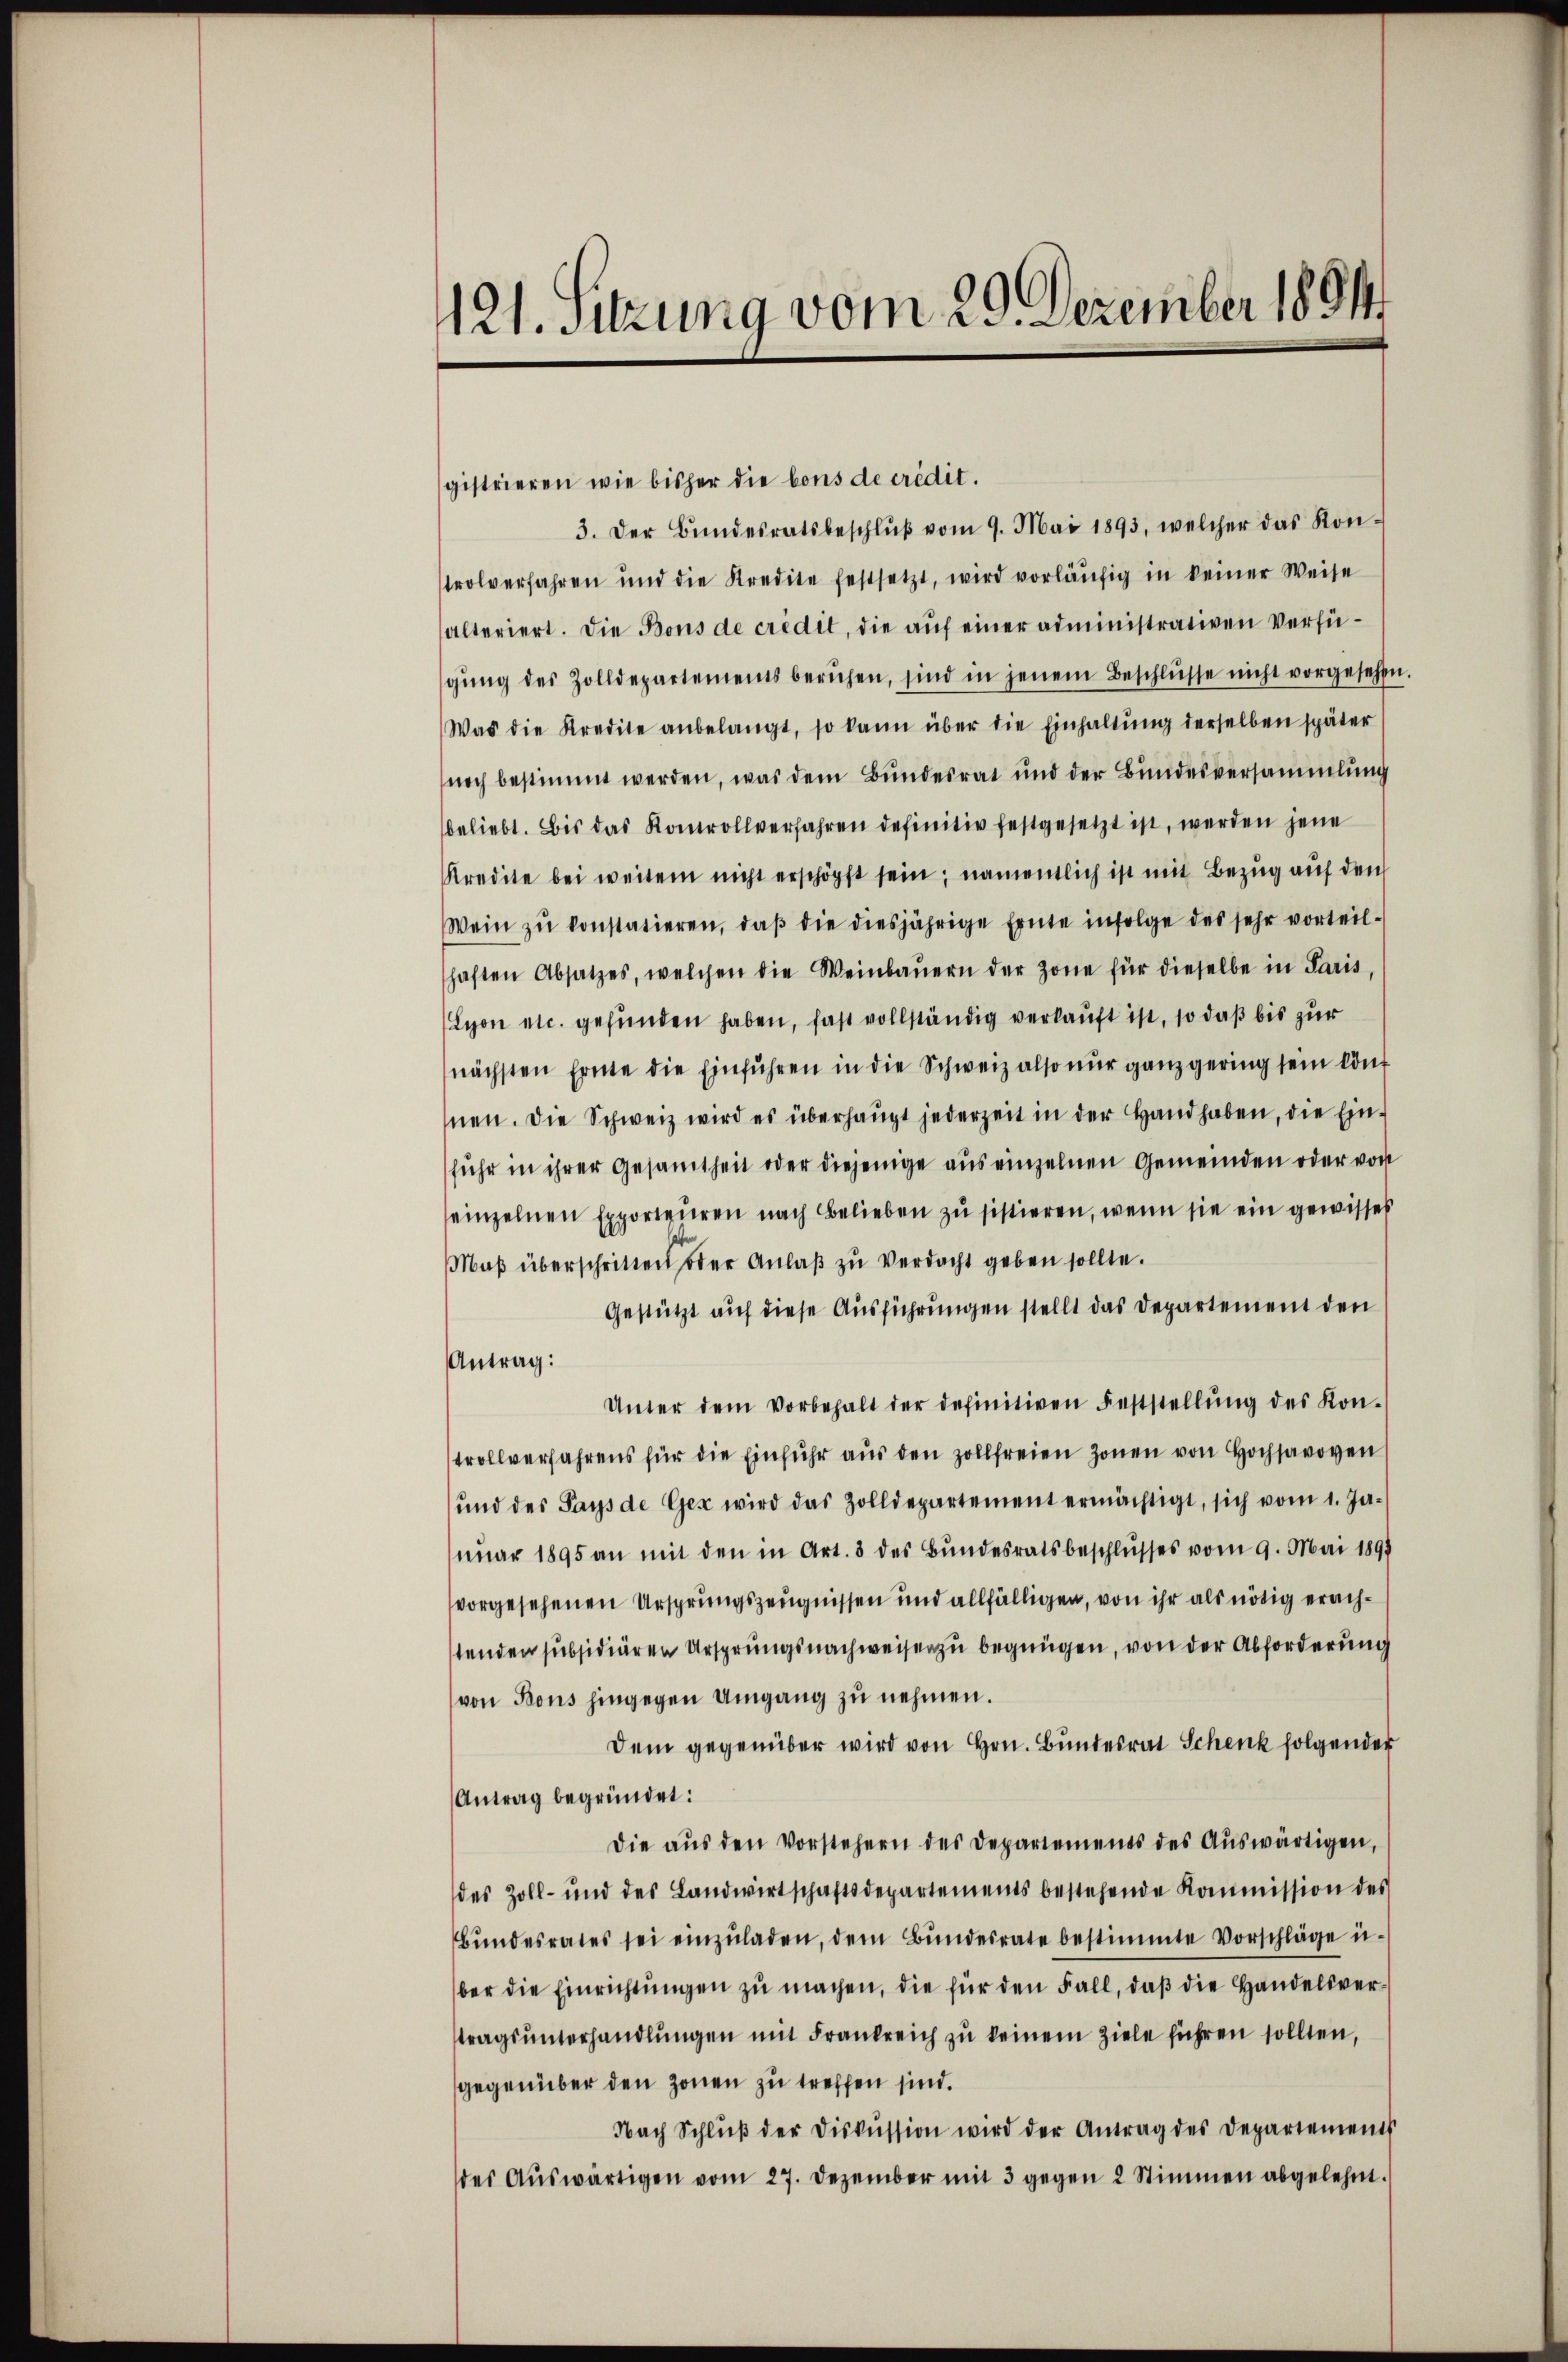
121. Sitzung vom 29. Dezember 1891

gistrieren wie bisher die bons de crédit.
3. Der Bŭndesratsbeschlŭβ vom 9. Mai 1893, welcher das Kon-
trolverfahren und die Kredite festsetzt, wird vorläŭfig in keiner Weise
alteriert. Die Bons de crédit, die auf einer administrativen Verfügŭng des Zolldepartements beruhen, sind in jenem Beschlŭsse nicht vorgesehen
Was die Kredite anbelangt, so kann über die Einhaltŭng derselben später
noch bestimmt werden, was dem Bundesrat und der Bundesversammlung
beliebt. Bis das Kontrollverfahren definitiv festgesetzt ist, werden jene
Kredite bei weitem nicht erschöpft sein; namentlich ist mit Bezug auf dem
Wein zŭ konstatieren, daβ die diesjährige Ernte infolge des sehr vorteil-
haften Absatzes, welchen die Weinbaŭern der Zone für dieselbe in Paris,
Lyon etc. gefunden haben, fast vollständig verkauft ist, so daß bis zur
nächsten Ernte die Einführen in die Schweiz also nur ganz gering sein könt
nen. Die Schweiz wird es überhaŭpt jederzeit in der Handhaben, die Ein-
fuhr in ihrer Gesamtheit oder diejenige aus einzelnen Gemeinden oder von
einzelnen Exporteŭren nach Belieben zŭ sistieren, wenn sie ein gewisses
Maβ überschritten oder Anlaβ zŭ verdacht geben sollte.
Gestützt auf diese Ausführungen stellt das Departement den
Antrag:
Unter dem Vorbehalt der definitiven Feststellŭng des Kon-
trollverfahrens für die Einfuhr aus den zollfreien Zonen von Hochsen
und des Pays de Gex wird das Zolldepartement ermächtigt, sich vom 1. Ja-
nŭar 1895 an mit den in Art. 3 des Bŭndesratsbeschlŭsses vom 9. Mai 1891
vorgesehenen Ursprungszeugnissen und allfälligen, von ihr als nötig erachtenden subsidiären Ursprungsnachweiser zu begnügen, von der Abforderung
von Bons hingegen Umgang zu nehmen.
Dem gegenüber wird von Hrn. Bundesrat Schenk folgender
Antrag begründet:
Die aŭs den Vorstehern des Departements des Aŭswärtigen,
des Zoll- und des Landwirtschaftsdepartements bestehende Kommission des
Bŭndesrates sei einzŭladen, dem Bŭndesrate bestimmte Vorschläge u.
ber die Einrichtŭngen zu machen, die für den Fall, daß die Handelsverstragsŭnterhandlŭngen mit Frankreich zu keinem Ziele führen sollten,
gegenüber den Zonen zu treffen sind.
Nach Schlŭβ der Diskussion wird der Antrag des Departements
des Aŭswärtigen vom 27. Dezember mit 3 gegen 2 Stimmen abgelehnt.